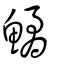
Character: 鱊